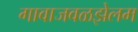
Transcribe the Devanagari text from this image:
गावाजवळझेलम